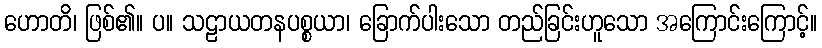
ဟောတိ၊ ဖြစ်၏။ ပ။ သဠာယတနပစ္စယာ၊ ခြောက်ပါးသော တည်ခြင်းဟူသော အကြောင်းကြောင့်။